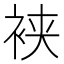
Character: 𬡒